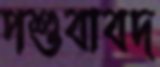
পশুবাবদ